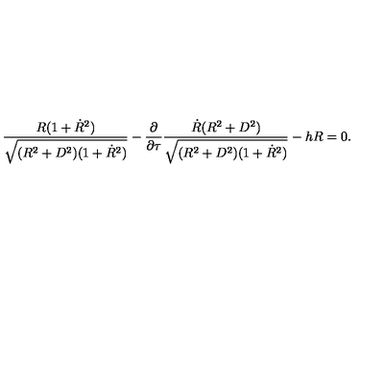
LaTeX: \frac { R ( 1 + { \dot { R } } ^ { 2 } ) } { \sqrt { ( R ^ { 2 } + D ^ { 2 } ) ( 1 + { \dot { R } } ^ { 2 } ) } } - \frac { \partial } { \partial \tau } \frac { { \dot { R } } ( R ^ { 2 } + D ^ { 2 } ) } { \sqrt { ( R ^ { 2 } + D ^ { 2 } ) ( 1 + { \dot { R } } ^ { 2 } ) } } - h R = 0 .